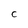
Character: C